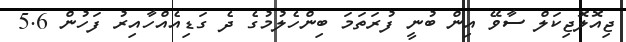
ޖިއޮލޮޖިކަލް ސާވޭ އިން ބުނީ ފުރަތަމަ ބިންހެލުމުގެ ދެ ގަޑިއެއްހާއިރު ފަހުން 5.6